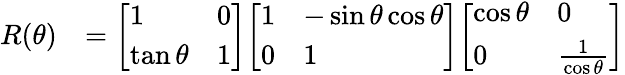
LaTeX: {\begin{array}{rl}{R(\theta)}&{={\left[\begin{array}{ll}{1}&{0}\\ {\tan\theta}&{1}\end{array}\right]}{\left[\begin{array}{ll}{1}&{-\sin\theta\cos\theta}\\ {0}&{1}\end{array}\right]}{\left[\begin{array}{ll}{\cos\theta}&{0}\\ {0}&{{\frac{1}{\cos\theta}}}\end{array}\right]}}\end{array}}